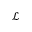
\mathcal { L }